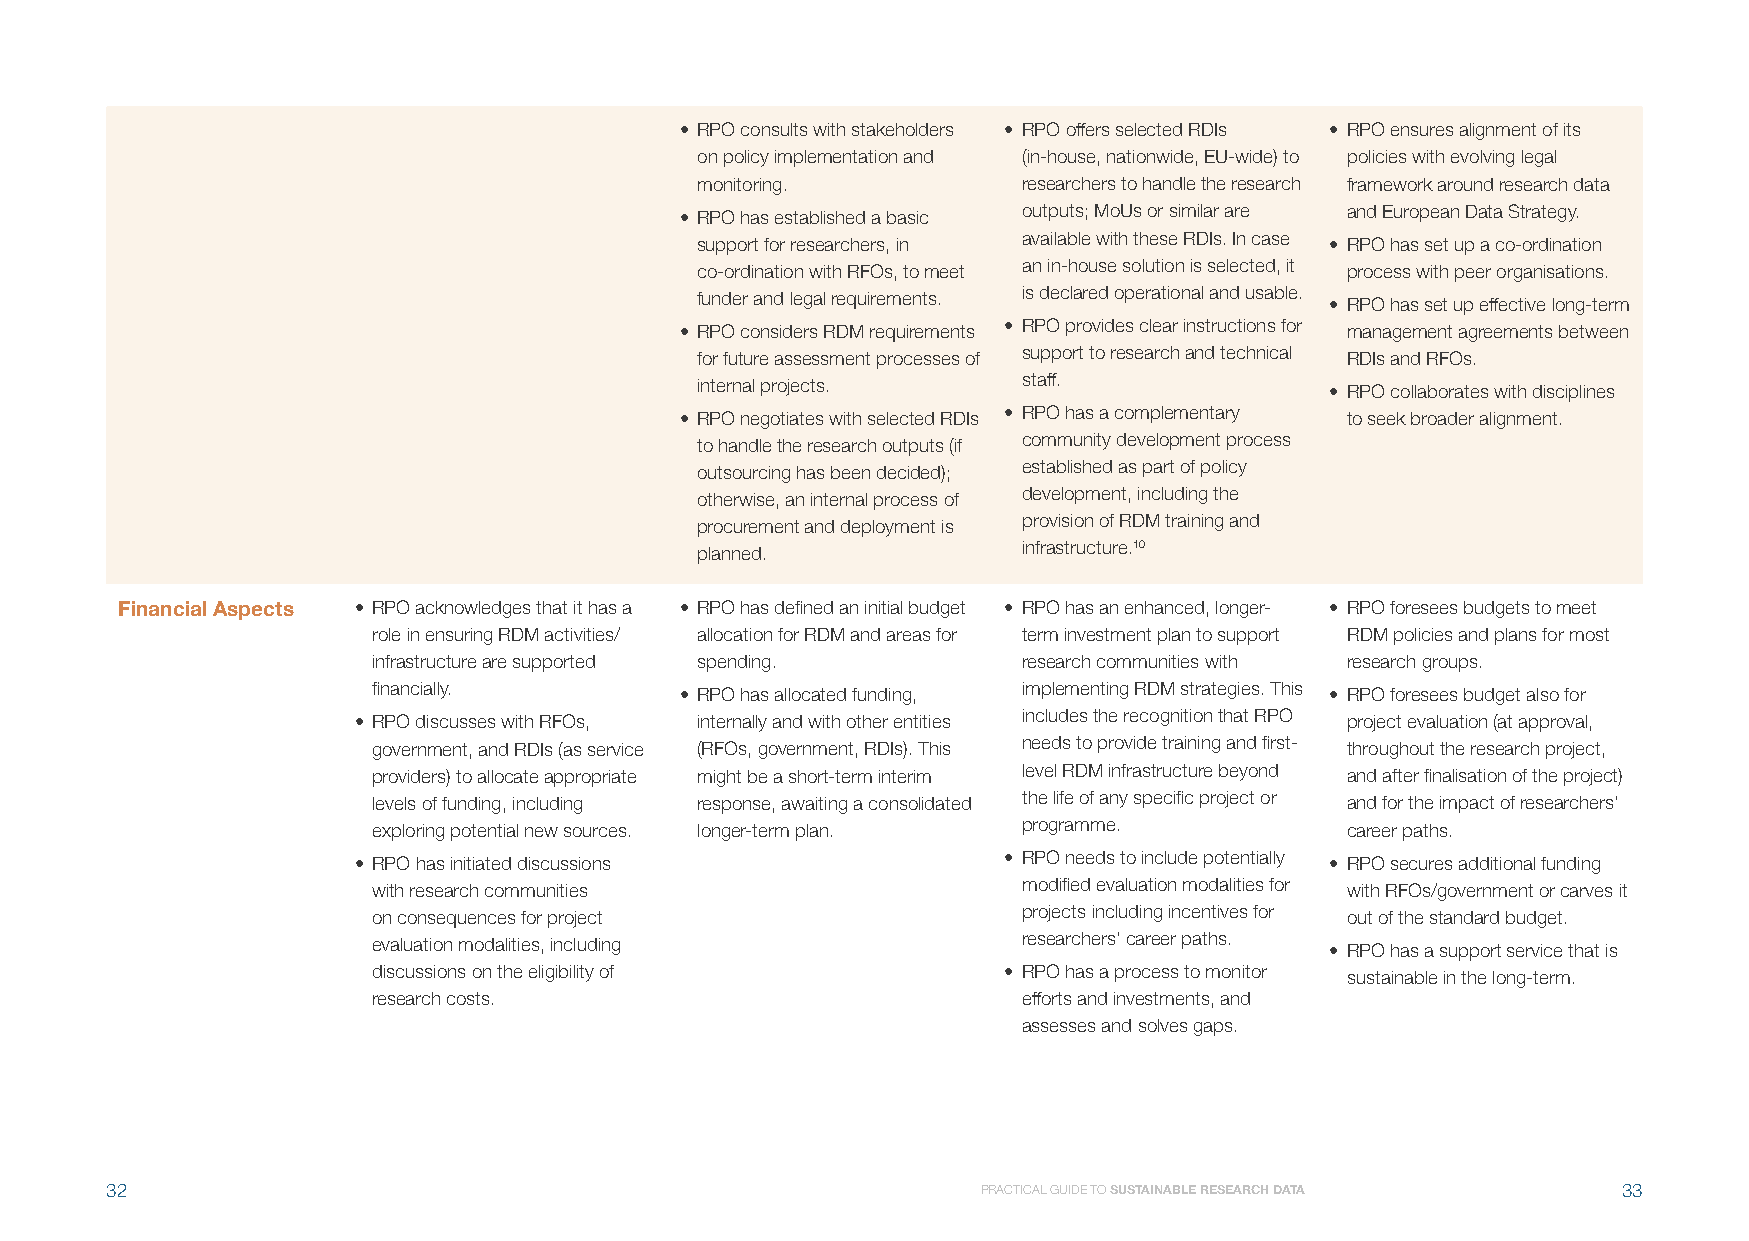
• RPO consults with stakeholders • RPO offers selected RDIs • RPO ensures alignment of its
 on policy implementation and (in-house, nationwide, EU-wide) to policies with evolving legal
 monitoring.           researchers to handle the research framework around research data
 • RPO has established a basic outputs; MoUs or similar are and European Data Strategy.
 support for researchers, in available with these RDIs. In case • RPO has set up a co-ordination
 co-ordination with RFOs, to meet an in-house solution is selected, it process with peer organisations.
 funder and legal requirements. is declared operational and usable. • RPO has set up effective long-term
 • RPO considers RDM requirements • RPO provides clear instructions for management agreements between
 for future assessment processes of support to research and technical RDIs and RFOs.
 internal projects.    staff.              • RPO collaborates with disciplines
 • RPO negotiates with selected RDIs • RPO has a complementary to seek broader alignment.
 to handle the research outputs (if community development process
 outsourcing has been decided); established as part of policy
 otherwise, an internal process of development, including the
 procurement and deployment is provision of RDM training and
 planned.
 infrastructure.10
 Financial Aspects • RPO acknowledges that it has a • RPO has defined an initial budget • RPO has an enhanced, longer- • RPO foresees budgets to meet
 role in ensuring RDM activities/ allocation for RDM and areas for term investment plan to support RDM policies and plans for most
 infrastructure are supported spending.     research communities with research groups.
 financially.        • RPO has allocated funding, implementing RDM strategies. This • RPO foresees budget also for
 • RPO discusses with RFOs, internally and with other entities includes the recognition that RPO project evaluation (at approval,
 government, and RDIs (as service (RFOs, government, RDIs). This needs to provide training and first- throughout the research project,
 providers) to allocate appropriate might be a short-term interim level RDM infrastructure beyond and after finalisation of the project)
 levels of funding, including response, awaiting a consolidated the life of any specific project or and for the impact of researchers’
 exploring potential new sources. longer-term plan. programme.   career paths.
 • RPO has initiated discussions            • RPO needs to include potentially • RPO secures additional funding
 with research communities                  modified evaluation modalities for with RFOs/government or carves it
 on consequences for project                projects including incentives for out of the standard budget.
 evaluation modalities, including           researchers’ career paths. • RPO has a support service that is
 discussions on the eligibility of        • RPO has a process to monitor sustainable in the long-term.
 research costs.                            efforts and investments, and
 assesses and solves gaps.
 32                                                        PRACTICAL GUIDE TO SUSTAINABLE RESEARCH DATA 33